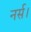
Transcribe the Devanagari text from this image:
नर्स।